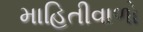
માહિતીવાળો